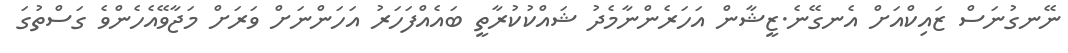
ނޭނގުނަސް ޒައިކްއަށް އެނގޭނެ.ޒީޝާން އަހަރެންނާމެދު ޝައްކުކުރާތީ ބައެއްފަހަރު އަހަންނަށް ވަރަށް މަޖާވޭއެހެންވެ ގަސްތުގަ